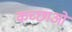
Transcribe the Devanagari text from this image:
कच्छाओं